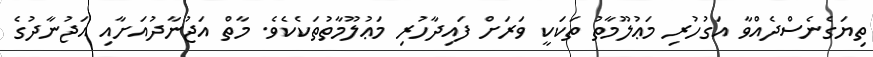
ތިޔަގެނެސްދެއްވާ އަގުހުރި މަޢުލޫމާތު ތަކަކީ ވަރަށް ފައިދާހުރި މަޢުލޫމާތުތަކެކެވެ. މާތް އަޖުނާދުއަށާއި އަޖުނާދުގެ